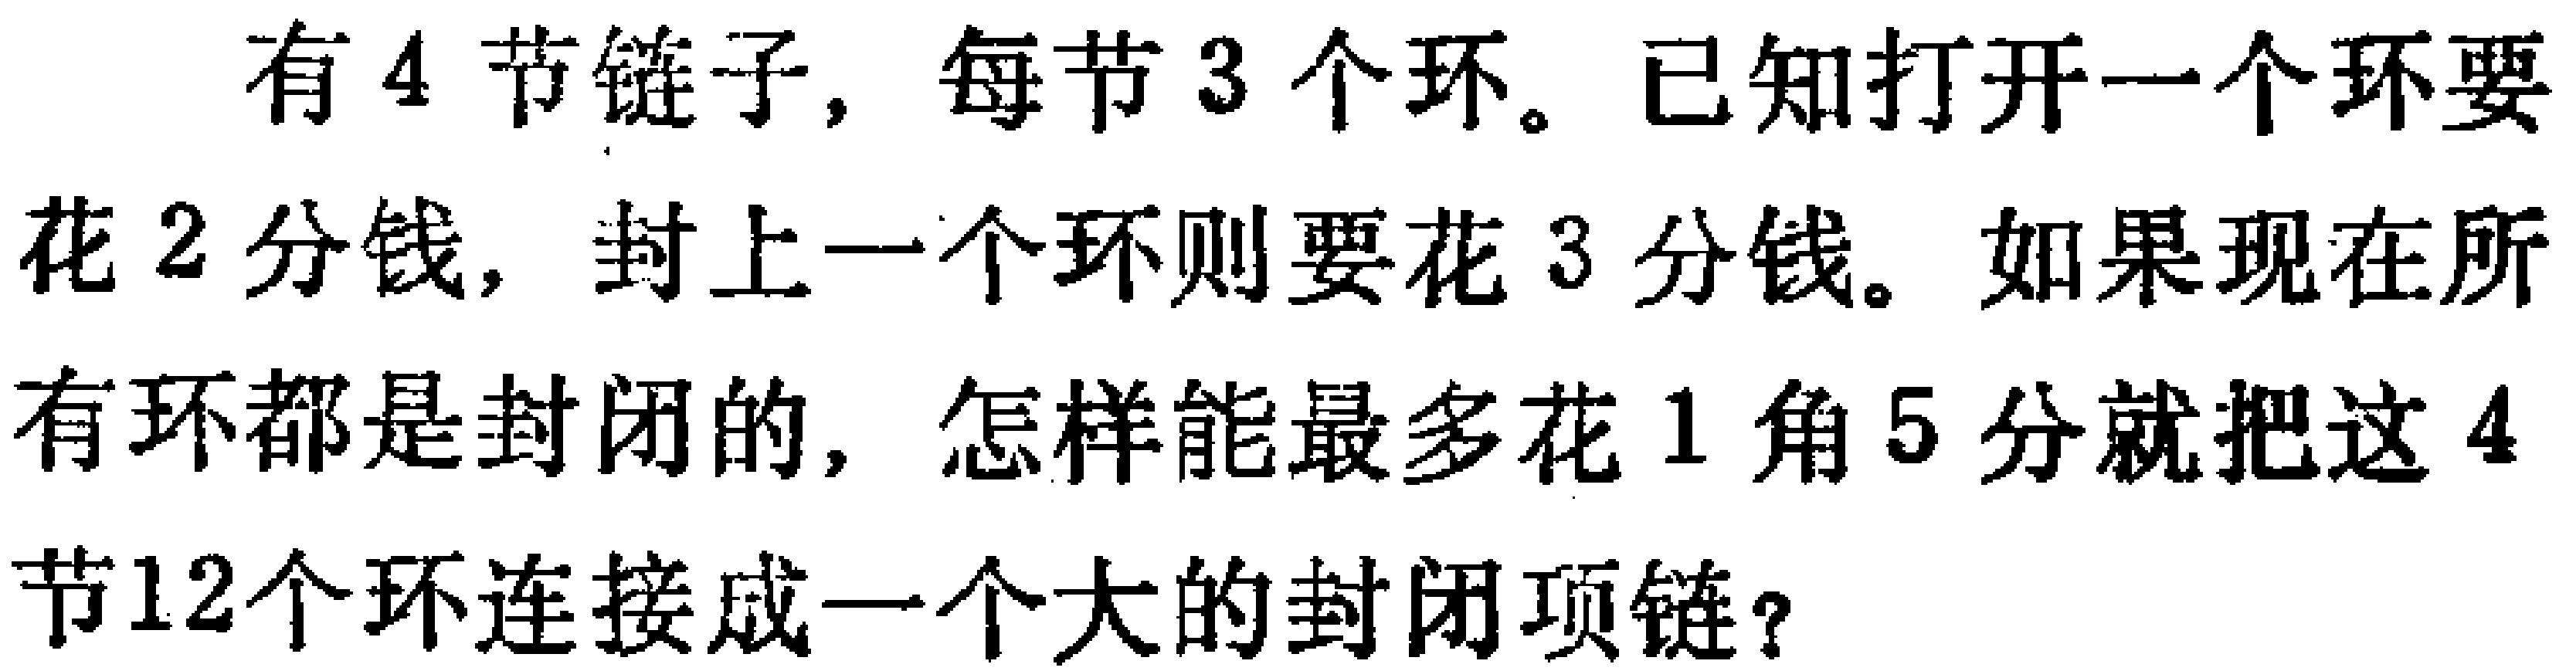
有4节链子，每节3个环。已知打开一个环要花2分钱，封上一个环则要花3分钱。如果现在所有环都是封闭的，怎样能最多花1角5分就把这4节12个环连接成一个大的封闭项链？